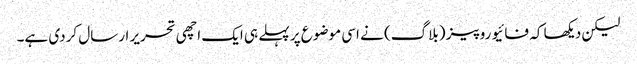
لیکن دیکھا کہ فائیو روپیز (بلاگ) نے اسی موضوع پر پہلے ہی ایک اچھی تحریر ارسال کردی ہے۔